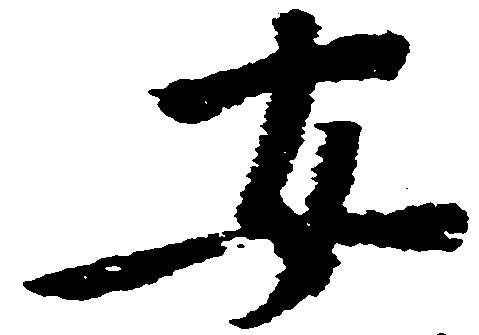
安